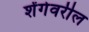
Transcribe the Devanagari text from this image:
शेंगेवरील